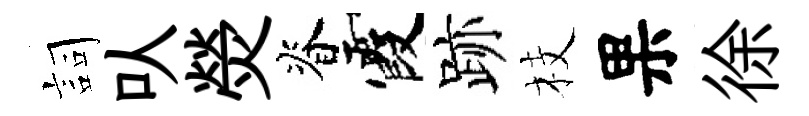
詞㕥熒脊霞跡枝果徐